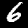
Label: 6